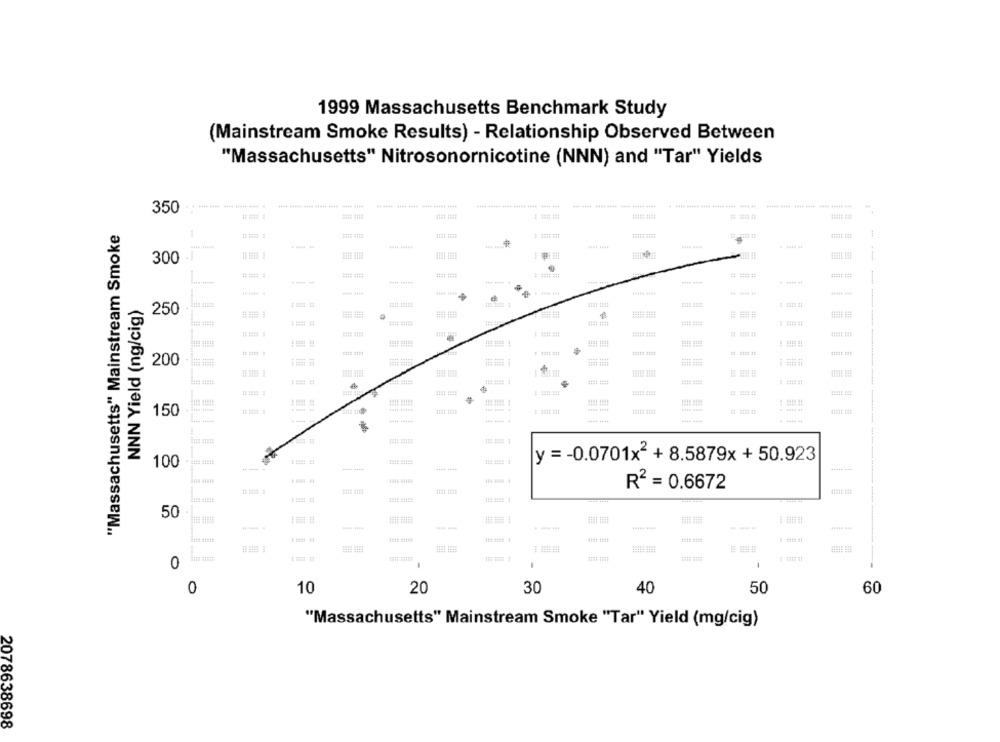
1999 Massachusetts Benchmark Study
(Mainstream Smoke Results) - Relationship Observed Between
"Massachusetts" Nitrosonornicotine (NNN) and "Tar" Yields
350
"Massachusetts" Mainstream Smoke
300
NNN Yield (ng/cig)
250
### #
£ 200
=== =
150
1 1001 111
--
y =- 0.0701x2 + 8.5879x+50.923
100
R2 = 0.6672
50
tint ititt
0
-
0
10
20
30
40
50
60
"Massachusetts" Mainstream Smoke "Tar" Yield (mg/cig)
2078638698